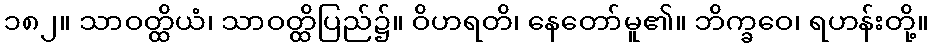
၁၈၂။ သာဝတ္ထိယံ၊ သာဝတ္ထိပြည်၌။ ဝိဟရတိ၊ နေတော်မူ၏။ ဘိက္ခဝေ၊ ရဟန်းတို့။